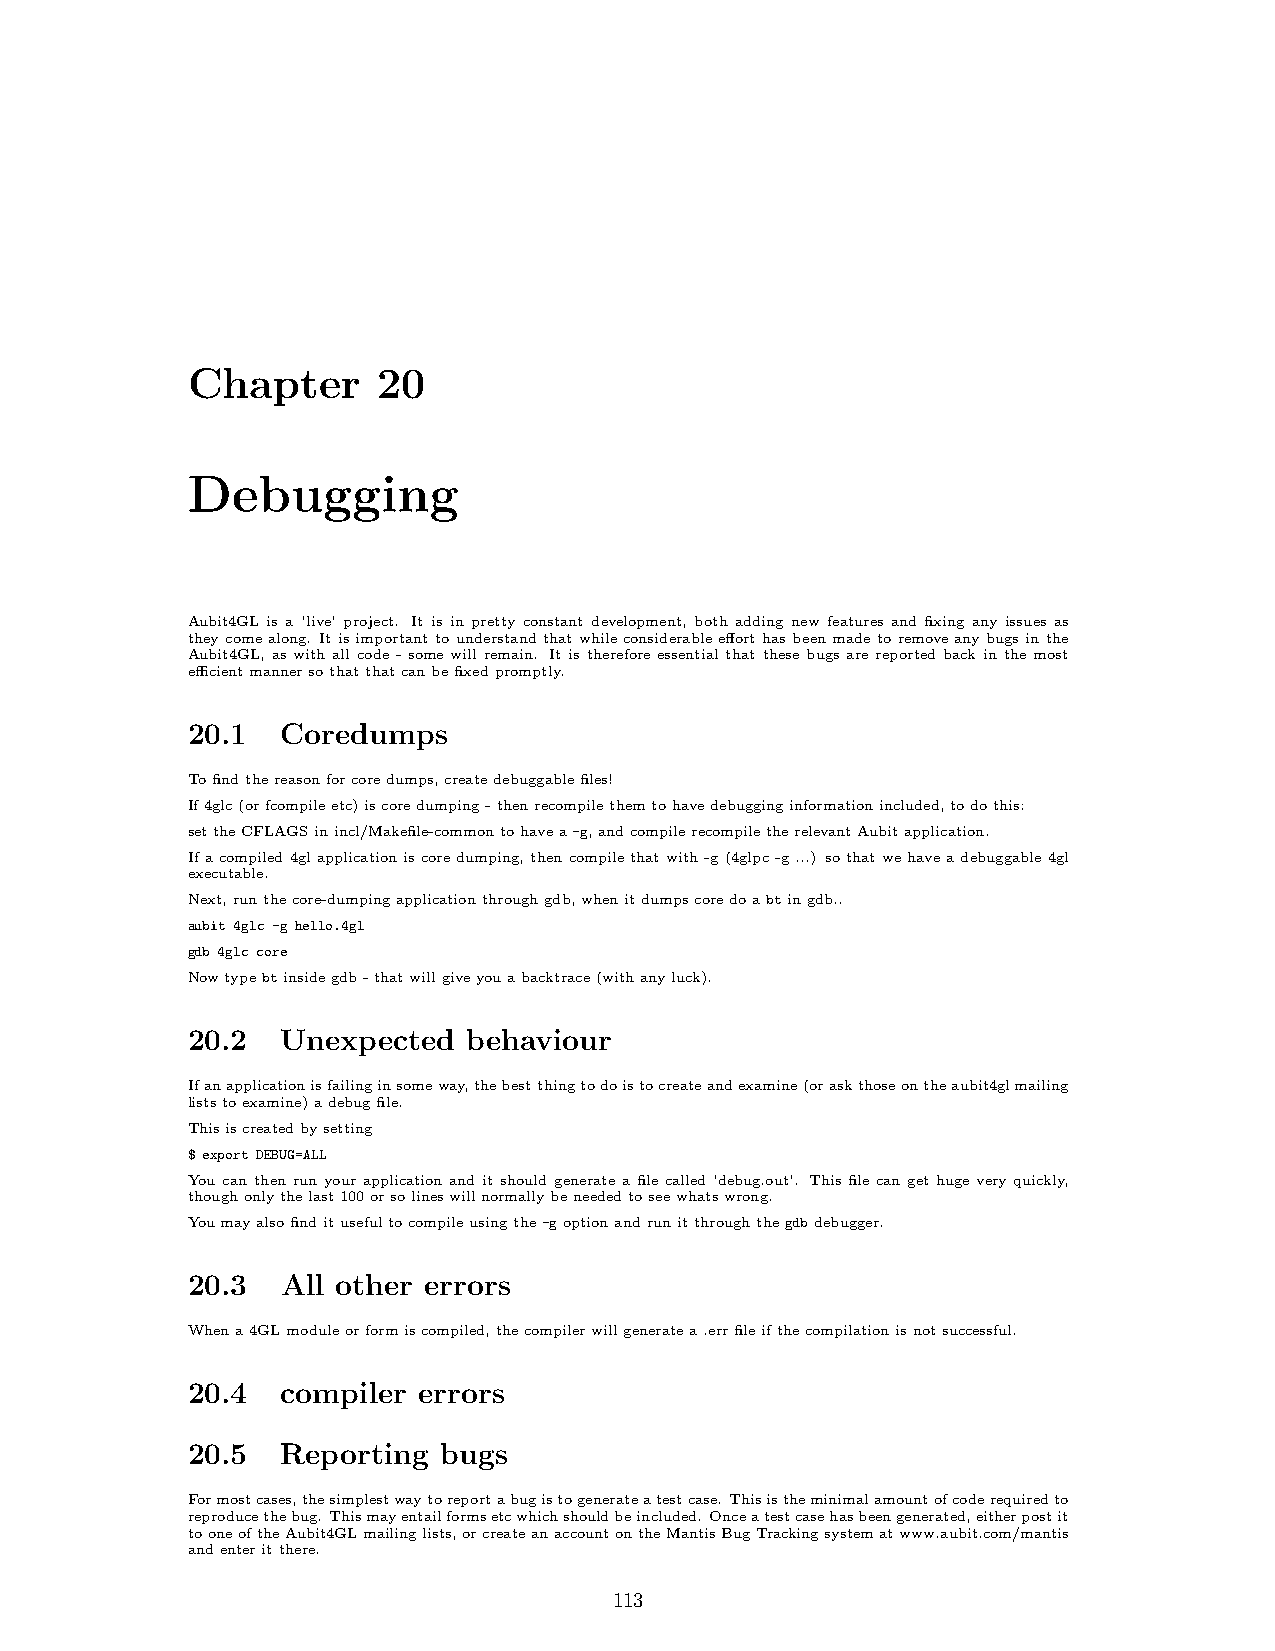
Chapter      20
 Debugging
 Aubit4GL is a ’live’ project. It is in pretty constant development, both adding new features and fixing any issues as
 theycomealong. Itisimportanttounderstandthatwhileconsiderableefforthasbeenmadetoremoveanybugsinthe
 Aubit4GL, as with all code - some will remain. It is therefore essential that these bugs are reported back in the most
 efficientmannersothatthatcanbefixedpromptly.
 20.1   Coredumps
 Tofindthereasonforcoredumps,createdebuggablefiles!
 If4glc(orfcompileetc)iscoredumping-thenrecompilethemtohavedebugginginformationincluded,todothis:
 settheCFLAGSinincl/Makefile-commontohavea-g,andcompilerecompiletherelevantAubitapplication.
 Ifacompiled4glapplicationiscoredumping,thencompilethatwith-g(4glpc-g...) sothatwehaveadebuggable4gl
 executable.
 Next,runthecore-dumpingapplicationthroughgdb,whenitdumpscoredoabtingdb..
 aubit 4glc -g hello.4gl
 gdb 4glc core
 Nowtypebtinsidegdb-thatwillgiveyouabacktrace(withanyluck).
 20.2   Unexpected  behaviour
 Ifanapplicationisfailinginsomeway,thebestthingtodoistocreateandexamine(oraskthoseontheaubit4glmailing
 liststoexamine)adebugfile.
 Thisiscreatedbysetting
 $ export DEBUG=ALL
 You can then run your application and it should generate a file called ’debug.out’. This file can get huge very quickly,
 thoughonlythelast100orsolineswillnormallybeneededtoseewhatswrong.
 Youmayalsofinditusefultocompileusingthe-goptionandrunitthroughthegdbdebugger.
 20.3   All other errors
 Whena4GLmoduleorformiscompiled,thecompilerwillgeneratea.errfileifthecompilationisnotsuccessful.
 20.4   compiler errors
 20.5   Reporting bugs
 Formostcases,thesimplestwaytoreportabugistogenerateatestcase. Thisistheminimalamountofcoderequiredto
 reproducethebug. Thismayentailformsetcwhichshouldbeincluded. Onceatestcasehasbeengenerated,eitherpostit
 tooneoftheAubit4GLmailinglists,orcreateanaccountontheMantisBugTrackingsystematwww.aubit.com/mantis
 andenteritthere.
 113